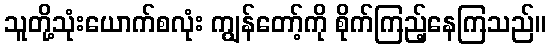
သူတို့သုံးယောက်စလုံး ကျွန်တော့်ကို စိုက်ကြည့်နေကြသည်။